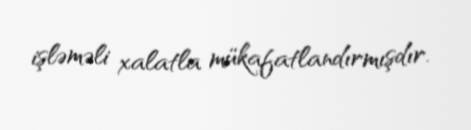
işləməli xalatla mükafatlandırmışdır.